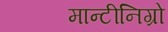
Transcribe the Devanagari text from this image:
मान्टीनिग्रो